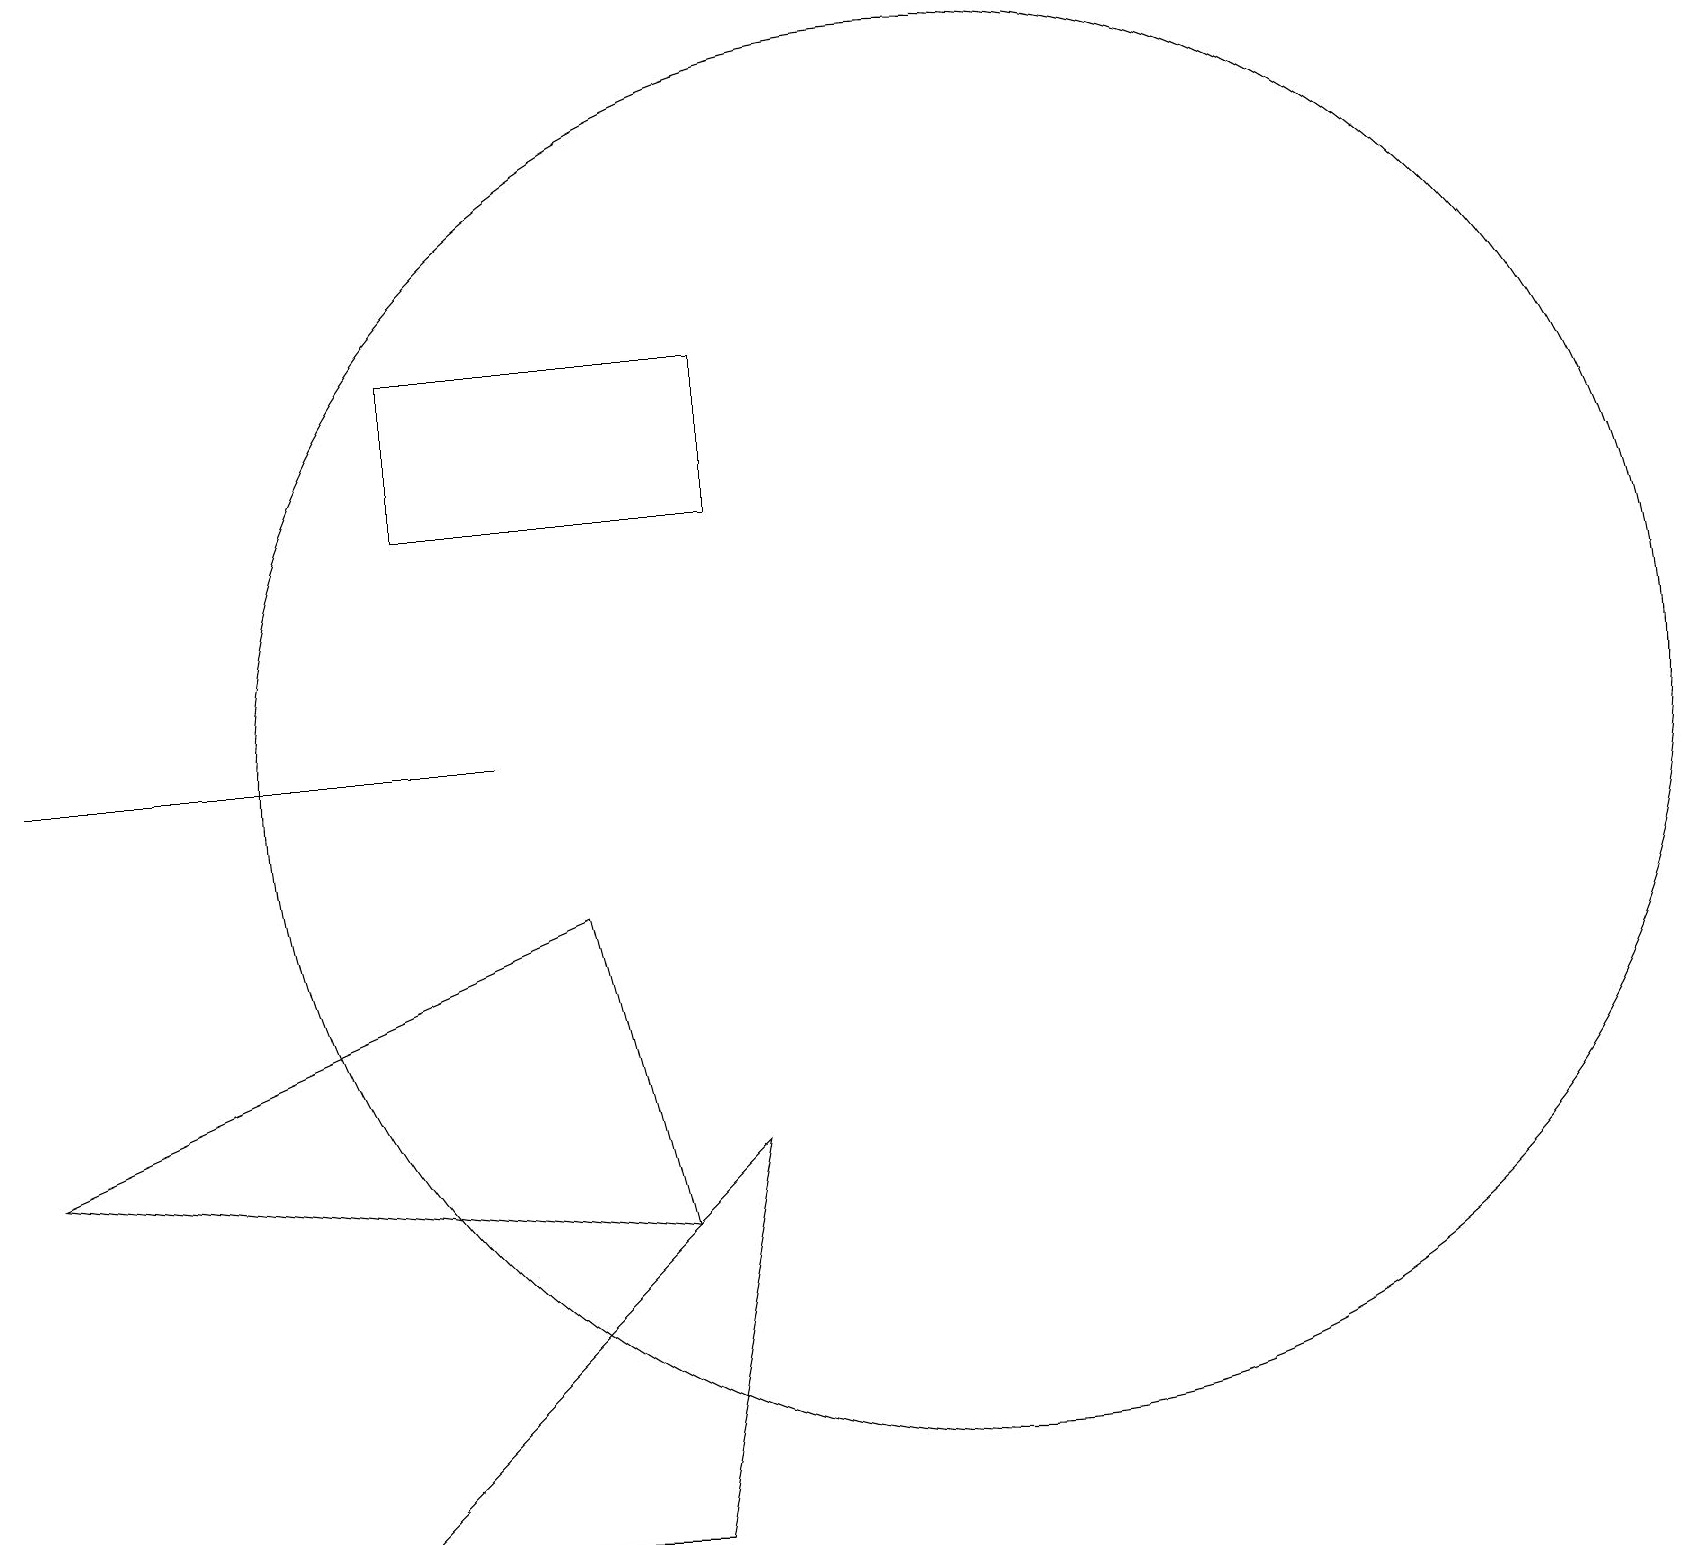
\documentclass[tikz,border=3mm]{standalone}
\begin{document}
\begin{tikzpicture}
\draw (0,6) -- (8,5) -- (7,9) -- cycle;
\draw (5,14) rectangle (9,16);
\draw (12,11) circle (9);
\draw (9,6) -- (8,1) -- (4,1) -- cycle;
\draw (0,11) rectangle (6,11);
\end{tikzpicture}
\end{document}